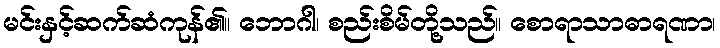
မင်းနှင့်ဆက်ဆံကုန်၏။ ဘောဂါ၊ စည်းစိမ်တို့သည်။ စောရာသာဓာရဏာ၊